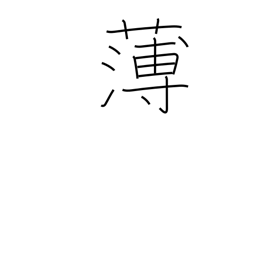
Meaning: weak (tea)